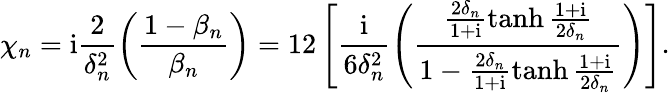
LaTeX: \chi_{n}=\mathrm{i}\frac{2}{\delta_{n}^{2}}\left(\frac{1-\beta_{n}}{\beta_{n}}\right)=12\left[\frac{\mathrm{i}}{6\delta_{n}^{2}}\left(\frac{\frac{2\delta_{n}}{1+\mathrm{i}}\operatorname{tanh}{\frac{1+\mathrm{i}}{2\delta_{n}}}}{1-\frac{2\delta_{n}}{1+\mathrm{i}}\operatorname{tanh}{\frac{1+\mathrm{i}}{2\delta_{n}}}}\right)\right].